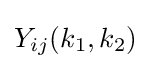
Y_{ij}(k_{1},k_{2})